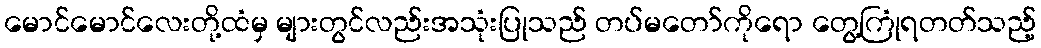
မောင်မောင်လေးတို့ထံမှ များတွင်လည်းအသုံးပြုသည် တပ်မတော်ကိုရော တွေ့ကြုံရတတ်သည့်